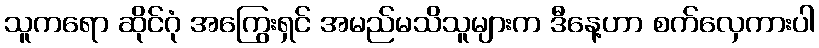
သူကရော ဆိုင်ဂုံ အကြွေးရှင် အမည်မသိသူများက ဒီနေ့ဟာ စက်လှေကားပါ